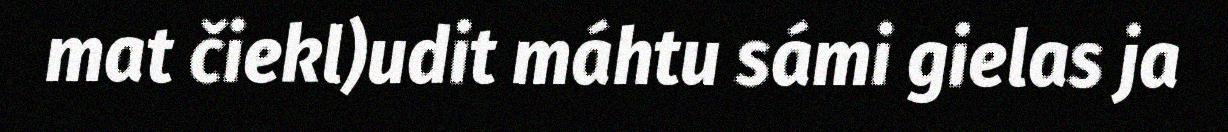
mat čiekl)udit máhtu sámi gielas ja